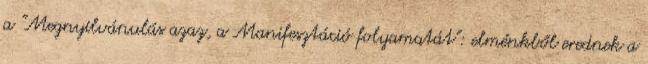
a "Megnyilvánulás azaz, a Manifesztáció folyamatát": elménkből erednek a